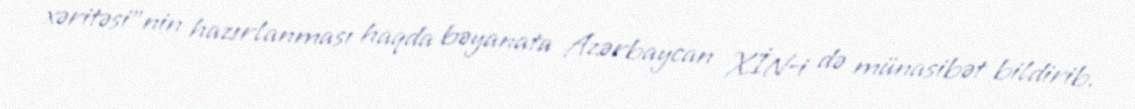
xəritəsi”nin hazırlanması haqda bəyanata Azərbaycan XİN-i də münasibət bildirib.